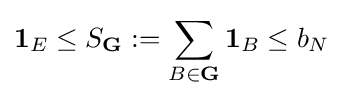
\mathbf {1} _{E}\leq S_{\mathbf {G} }:=\sum _{B\in \mathbf {G} }\mathbf {1} _{B}\leq b_{N}